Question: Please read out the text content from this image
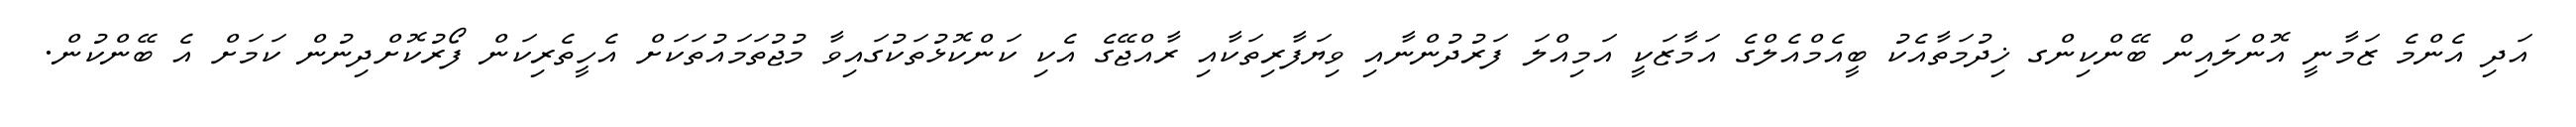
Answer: އަދި އެންމެ ޒަމާނީ އޮންލައިން ބޭންކިންގ ޚިދުމަތާއެކު ބީއެމްއެލްގެ އަމާޒަކީ އަމިއްލަ ފަރުދުންނާއި ވިޔަފާރިތަކާއި ރާއްޖޭގެ އެކި ކަންކޮޅުތަކުގައިވާ މުޖުތަމައުތަކަށް އެހީތެރިކަން ފޯރުކޮށްދިނުން ކަމަށް އެ ބޭންކުން.